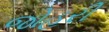
જોહરી